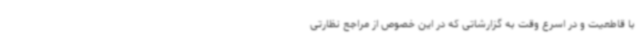
با قاطعیت و در اسرع وقت به گزارشاتی که در این خصوص از مراجع نظارتی